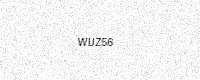
Text: WUZ56